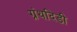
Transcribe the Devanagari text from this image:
ग्रंथदिडी